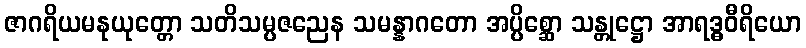
ဇာဂရိယမနုယုတ္တော သတိသမ္ပဇညေန သမန္နာဂတော အပ္ပိစ္ဆော သန္တုဋ္ဌော အာရဒ္ဓဝီရိယော